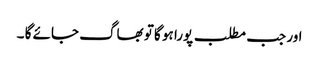
اور جب مطلب پورا ہو گا تو بھاگ جائے گا ۔